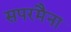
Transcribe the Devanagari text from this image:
सपरमैना